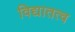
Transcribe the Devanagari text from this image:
विद्यातत्व